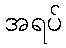
အရပ်